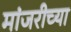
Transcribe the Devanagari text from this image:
मांजरीच्या